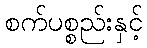
စက်ပစ္စည်းနှင့်